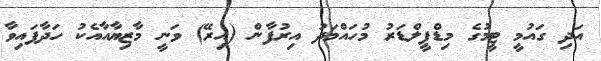
އަދި ގައުމީ ޓީމުގެ މިޑްފީލްޑަރު މުހައްމަދު އިރުފާން (އިރޭ) ވަނީ މާޒިޔާއާއެކު ހަދާފައިވާ